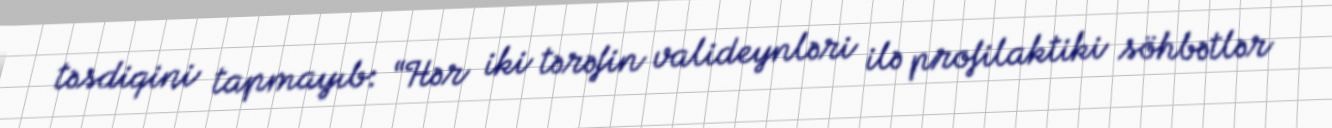
təsdiqini tapmayıb: “Hər iki tərəfin valideynləri ilə profilaktiki söhbətlər